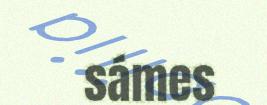
sámes